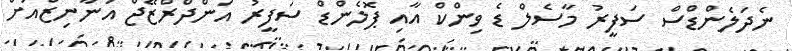
ނެދަލެންޑްސް ސަފީރު މާސެލް ޑެ ވިންކް އާއި ޕޮލެންޑް ސަފީރު އަންދްރްޒޭޖް އަނާނިޒްއަށް